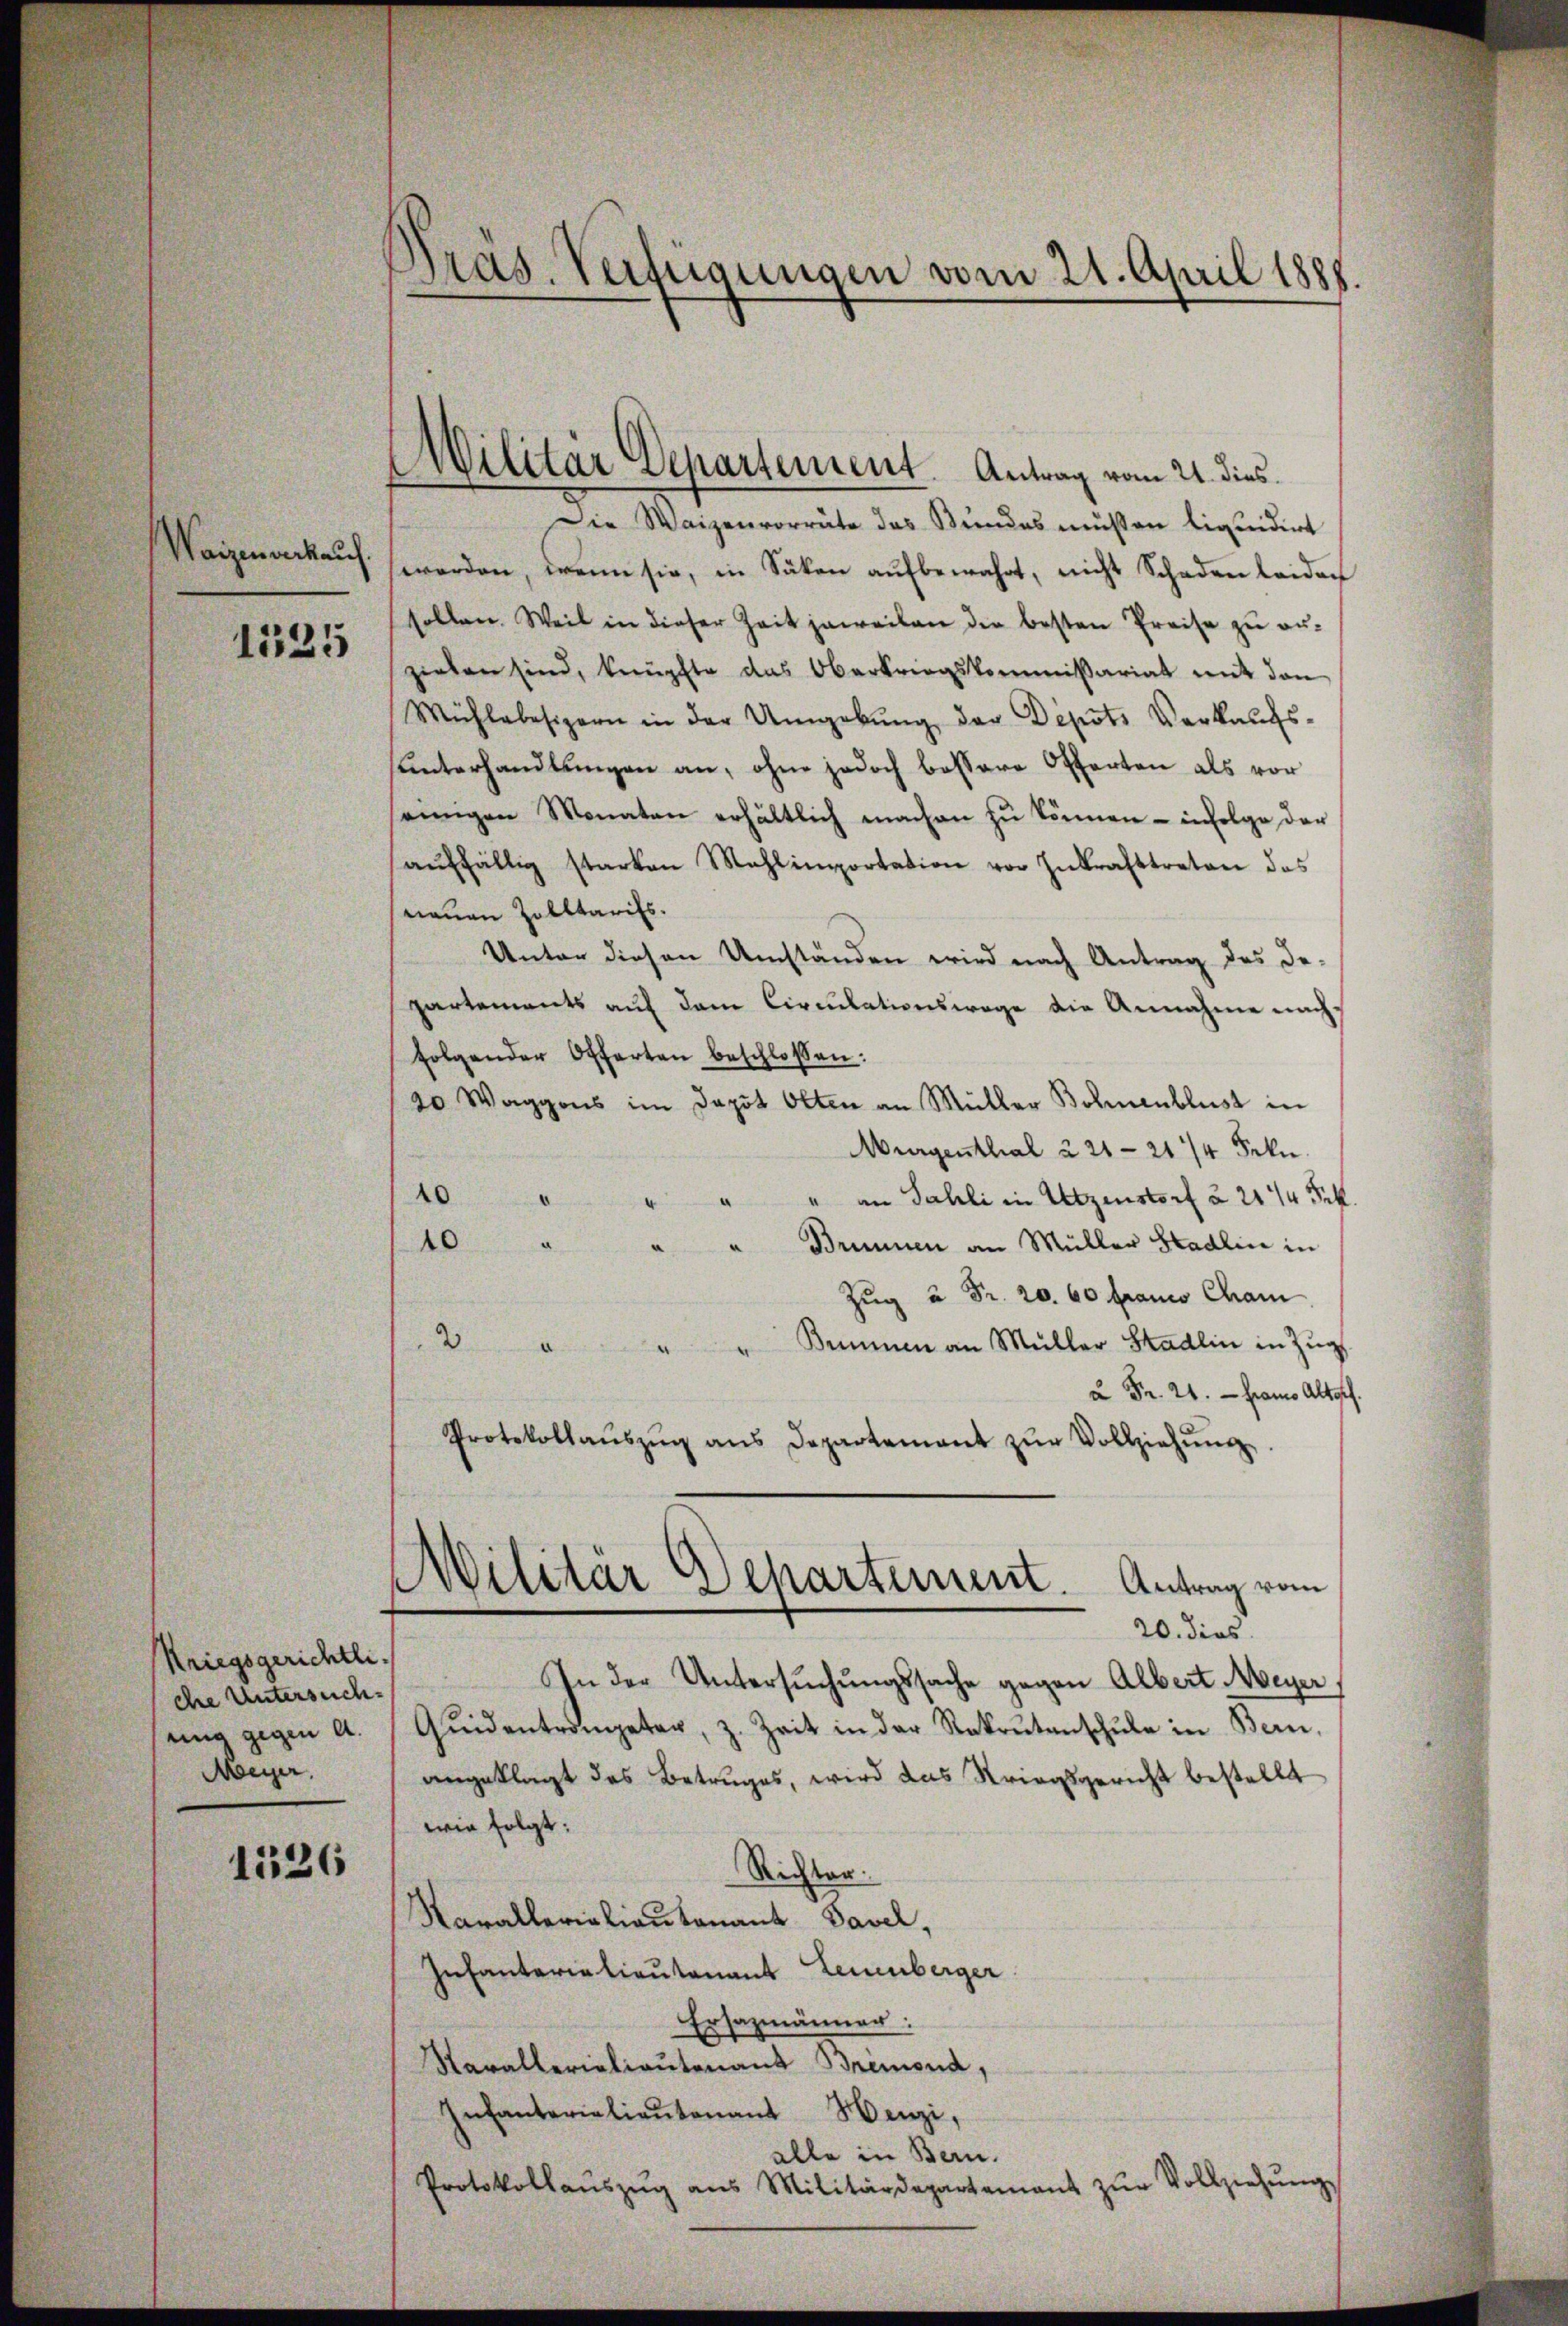
Waizenverkauf.

1125

Kriegsgerichtli
che Untersuch-
uig gegen d.
Meyer.

1536

Pras. Verfügungen vom 21. April 1888

Militär Departement. Antrag vom 21. dies

Die Waizenvorräte das Bundes müssen liquidirt
werden, wenn sie, in Säken aŭfbewahrt, nicht Schaden leiden
sollen. Weil in dieser Zeit jeweilen die besten Preise zŭ er-
zielen sind, knüpfte das Oberkriegskommissariat mit den
Mühlebesizern in der Umgebŭng der Depots Verkaŭfs-
ŭnterhandlŭngen an, ohne jedoch bessere Offerten als vor
seinigen Monaten erhältlich machen zu können - infolge der
aŭffällig starken Mahl importation vor Inkrafttreten das
nauen Zolltarifs.
Unter diesen Umständen wird nach Antrag des De-
partements auf dem Circulationswage die Annahme nachs
folgender Offerten beschlossen:
20 Waggons im Depot Olten an Müller Bohnenblust in
Murgenthal à 21-2174 Frkn.
10 " " " " am Sahli in Utzenstorf u. 2114 Frk.
10 " " " Brunnen an Müller Stadlin in
Zug u. Fr. 20. 60 Franco Cham
2 " " " Bummen an Müller Stadlin in Zŭg
2 Fr. 21. - Frano Altorf.
Protokollaŭszŭg ans Departement zŭr Vollziehŭng
Militär Departement. Antrag vom
20. dies
In der Untersŭchŭngssache gegen Albert Meyer,
Quidentrompeter, z. Zeit in der Rekrŭtanschŭle in Bern,
angeklagt das Betruges, wird das Striegsgericht bestellt
wie folgt:
Richter.
Narallerialieutenant Davel,
Infanterialieutenant Leuenberger
Ersazmänner:
Navallerialiautenant Bremond,
Infanterialieŭtenant Henzi,
alle in Bern.
Protokollaŭszŭg ans Militärdepartement zŭr Vollziehŭng